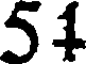
51